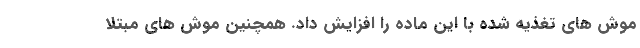
موش های تغذیه شده با این ماده را افزایش داد. همچنین موش های مبتلا